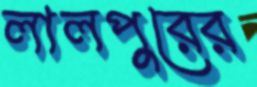
লালপুরের